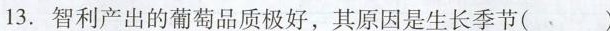
13.智利产出的葡萄品质极好，其原因是生长季节( )